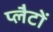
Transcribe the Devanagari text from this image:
प्लैटों